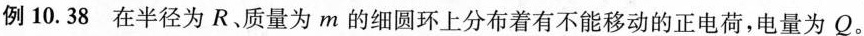
例10.38 在半径为R、质量为m的细圆环上分布着有不能移动的正电荷，电量为Q。